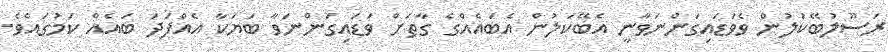
ރަސޫލުބޭކަލުން ވެވަޑައިގަންނަވާނީ އެބޭކަލުން އެބައެއްގެ ގާތަށް ވަޑައިގަންނަވާ ބަޔަކާ އެއްފަދަ ބައެއް ކަމުގައެވެ.